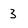
Character: 3